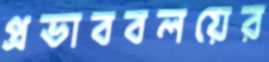
প্রভাববলয়ের